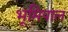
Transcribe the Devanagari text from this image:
भूमिपाल